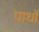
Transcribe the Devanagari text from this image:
पार्थो